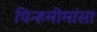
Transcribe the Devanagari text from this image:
चिन्हमीमांसा